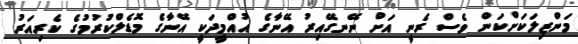
މަންޒިލަކަށްކަން ވެސް ރެނީ އަށް ނޭނގޭއިރު އޭނާގެ އުއްމީދަކީ އޭނާގެ މޮޑެލްކުރުމުގެ ކެރިއަރު